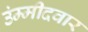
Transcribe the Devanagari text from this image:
उंम्मीदवार